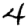
Digit: 4